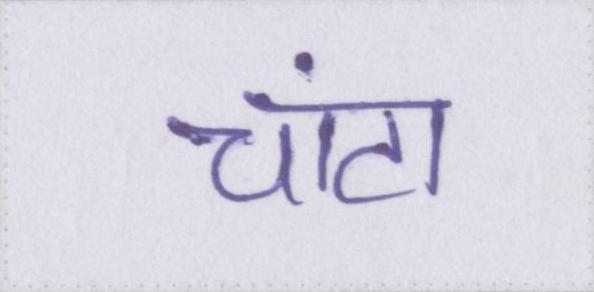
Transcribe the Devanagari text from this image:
चांटा